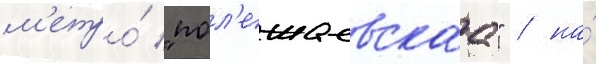
м'етро́ "пол'ежаевскаа" / на́